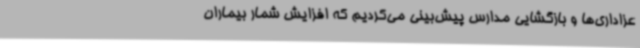
عزاداری‌ها و بازگشایی مدارس پیش‌بینی می‌کردیم که افزایش شمار بیماران